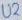
Text: U2